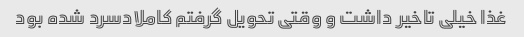
غذا خیلی تاخیر داشت و وقتی تحویل گرفتم کاملادسرد شده بود